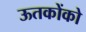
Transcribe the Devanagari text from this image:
ऊतकोंको